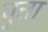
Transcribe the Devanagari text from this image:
पुत्ता